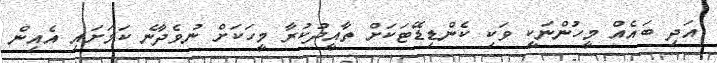
އަދި ބައެއް މީހުންނަކީ ވަކި ކެންޑިޑޭޓަކަށް ތާއީދުކުރާ މީހަކަށް ނުވެދާނެ ކަމަށައި އެއިން